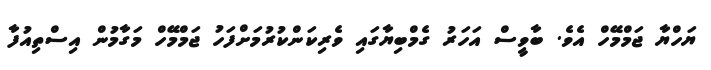
ޔަހްޔާ ޖަމްމޭހް އެވެ. ބާވީސް އަހަރު ގެމްބިޔާގައި ވެރިކަންކުރުމަށްފަހު ޖަމްމޭހް މަގާމުން އިސްތިއުފާ